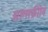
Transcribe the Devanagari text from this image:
अल्सफ्रीोन